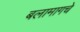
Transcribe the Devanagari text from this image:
बलामागचे